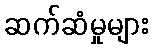
ဆက်ဆံမှုများ